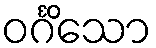
ဝင်္ဂိသော